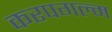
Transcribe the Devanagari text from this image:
करपगल्म